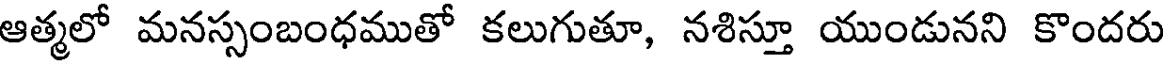
ఆత్మలో మనస్సంబంధముతో కలుగుతూ, నశిస్తూ యుండునని కొందరు